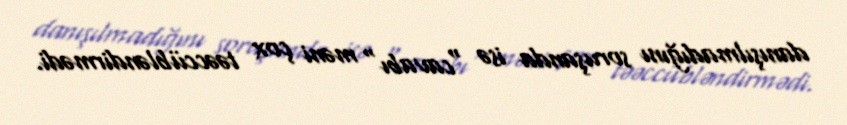
danışılmadığını soruşanda isə "cavabı" məni çox təəccübləndirmədi.